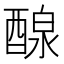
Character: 𨡹